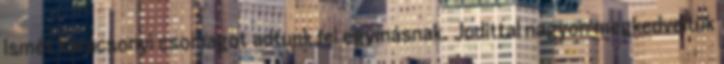
ismét karácsonyi csomagot adtunk fel egymásnak. Judittal nagyon megkedveltük